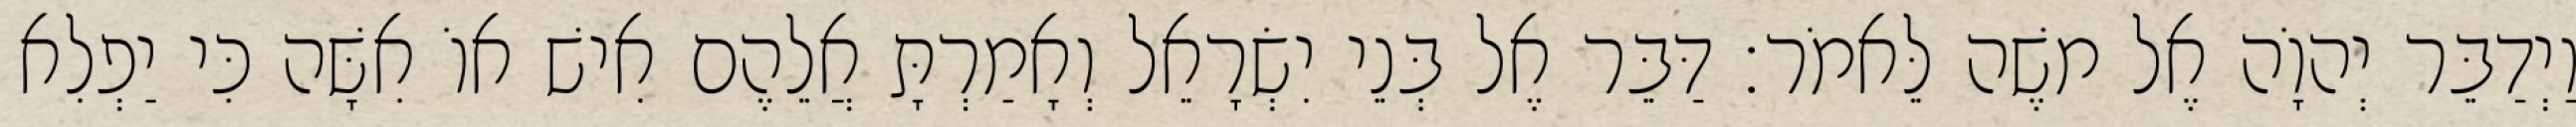
וַיְדַבֵּר יְהוָֹה אֶל משֶׁה לֵּאמֹר׃ דַּבֵּר אֶל בְּנֵי יִשְׂרָאֵל וְאָמַרְתָּ אֲלֵהֶם אִישׁ אוֹ אִשָּׁה כִּי יַפְלִא